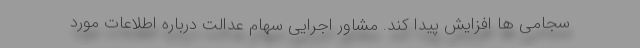
سجامی ها افزایش پیدا کند. مشاور اجرایی سهام عدالت درباره اطلاعات مورد